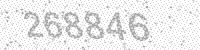
Solution: 268846